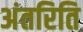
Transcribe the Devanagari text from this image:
अंतरिति